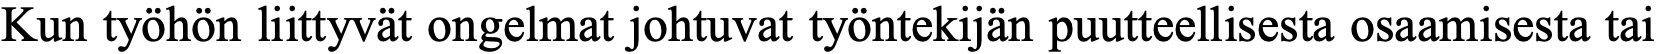
Kun työhön liittyvät ongelmat johtuvat työntekijän puutteellisesta osaamisesta tai